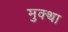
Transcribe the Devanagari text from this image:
मुक्था